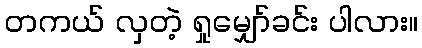
တကယ် လှတဲ့ ရှုမျှော်ခင်း ပါလား။